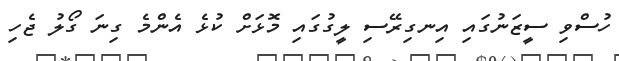
ހުސްވި ސީޒަނުގައި އިނގިރޭސި ލީގުގައި މޮޅަށް ކުޅެ އެންމެ ގިނަ ގޯލު ޖެހި